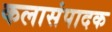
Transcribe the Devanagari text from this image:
कलासंपादक